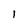
Character: 1